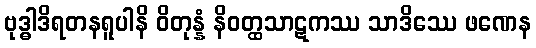
ဗုဒ္ဓါဒိရတနရူပါနိ ဝိတုန္နံ နိဝတ္ထသာဋကဿ သာဒိဿေ ဖဏေန